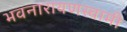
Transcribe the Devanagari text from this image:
भवनारायणस्‍वामी